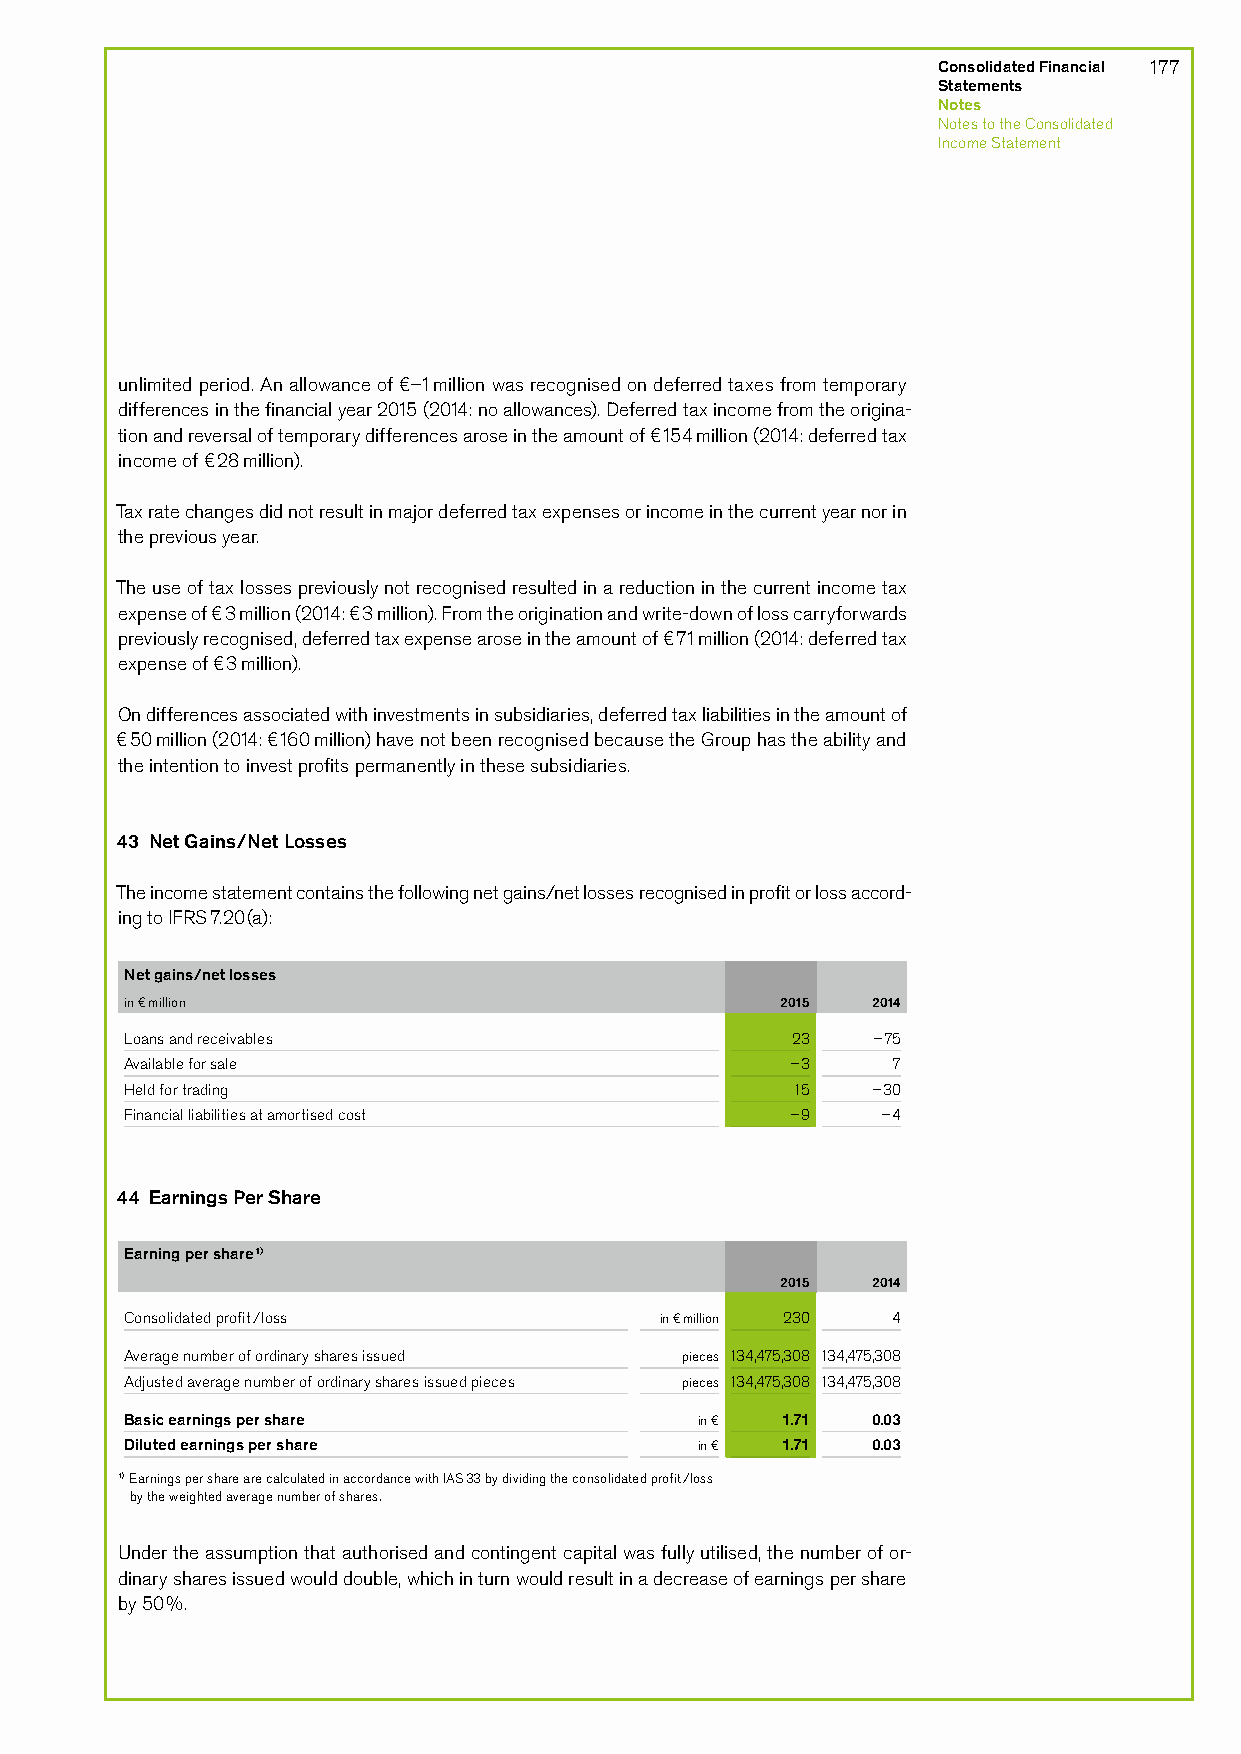
Consolidated Financial 177
 Statements
 Notes
 Notes to the Consolidated
 Income Statement
 unlimited period. An allowance of €–1 million was recognised on deferred taxes from temporary
 differences in the financial year 2015 (2014: no allowances). Deferred tax income from the origina-
 tion and reversal of temporary differences arose in the amount of €154 million (2014: deferred tax
 income of €28 million).
 Tax rate changes did not result in major deferred tax expenses or income in the current year nor in
 the previous year.
 The use of tax losses previously not recognised resulted in a reduction in the current income tax
 expense of €3 million (2014: €3 million). From the origination and write-down of loss carryforwards
 previously recognised, deferred tax expense arose in the amount of €71 million (2014: deferred tax
 expense of €3 million).
 On differences associated with investments in subsidiaries, deferred tax liabilities in the amount of
 €50 million (2014: €160 million) have not been recognised because the Group has the ability and
 the intention to invest profits permanently in these subsidiaries.
 43 Net Gains/Net Losses
 The income statement contains the following net gains/net losses recognised in profit or loss accord-
 ing to IFRS 7.20 (a):
 Net gains/net losses
 in € million                                2015  2014
 Loans and receivables                       23    –75
 Available for sale                          –3     7
 Held for trading                            15    –30
 Financial liabilities at amortised cost     –9    –4
 44 Earnings Per Share
 Earning per share1)
 2015  2014
 Consolidated profit/loss            in € million 230 4
 Average number of ordinary shares issued pieces 134,475,308 134,475,308
 Adjusted average number of ordinary shares issued pieces pieces 134,475,308 134,475,308
 Basic earnings per share              in €  1.71  0.03
 Diluted earnings per share            in €  1.71  0.03
 1) Earnings per share are calculated in accordance with IAS 33 by dividing the consolidated profit/loss
 by the weighted average number of shares.
 Under the assumption that authorised and contingent capital was fully utilised, the number of or-
 dinary shares issued would double, which in turn would result in a decrease of earnings per share
 by 50%.